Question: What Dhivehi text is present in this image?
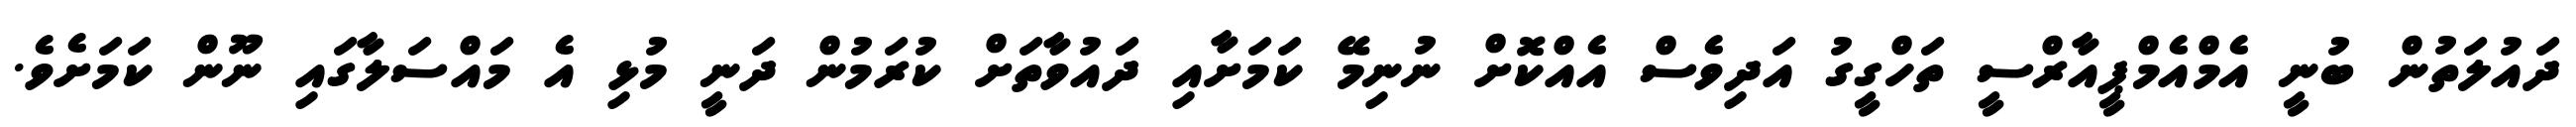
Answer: ދައުލަތުން ބުނީ އެމްއެމްޕީއާރްސީ ތަހްގީގު އަދިވެސް އެއްކޮށް ނުނިމޭ ކަމަށާއި ދައުވާތަށް ކުރަމުން ދަނީ މުޅި އެ މައްސަލާގައި ނޫން ކަމަށެވެ.